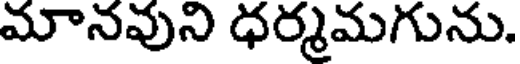
మానవుని ధర్మమగును.